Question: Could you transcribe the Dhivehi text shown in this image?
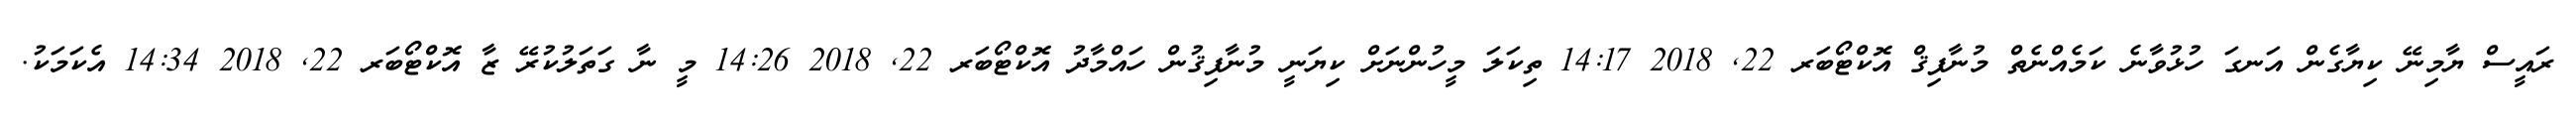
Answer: ރައީސް ޔާމިނޭ ކިޔާގެން އަނގަ ހުޅުވާނެ ކަމެއްނެތް މުނާފިޤް އޮކްޓޯބަރ 22, 2018 14:17 ތިކަލަ މީހުންނަށް ކިޔަނީ މުނާފިޤުން ހައްމާދު އޮކްޓޯބަރ 22, 2018 14:26 މީ ނާ ގަތަލުކުރޭ ޒާ އޮކްޓޯބަރ 22, 2018 14:34 އެކަމަކު.